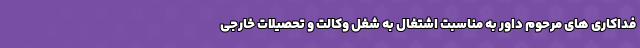
فداکاری های مرحوم داور به مناسبت اشتغال به شغل وکالت و تحصیلات خارجی